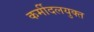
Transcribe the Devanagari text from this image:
कर्मीदलयुक्त